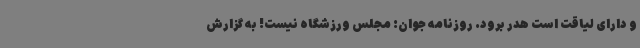
و دارای لیاقت است هدر برود. روزنامه جوان: مجلس ورزشگاه نیست! به گزارش